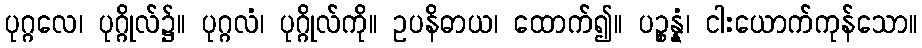
ပုဂ္ဂလေ၊ ပုဂ္ဂိုလ်၌။ ပုဂ္ဂလံ၊ ပုဂ္ဂိုလ်ကို။ ဥပနိဓာယ၊ ထောက်၍။ ပဉ္စန္နံ၊ ငါးယောက်ကုန်သော။